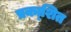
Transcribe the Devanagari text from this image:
प्रका्शित